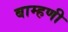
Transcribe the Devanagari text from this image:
बाम्हणी